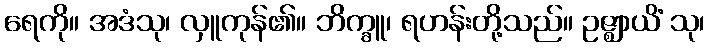
ရေကို။ အဒံသု၊ လှူကုန်၏။ ဘိက္ခူ၊ ရဟန်းတို့သည်။ ဥဇ္ဈာယိံ သု၊